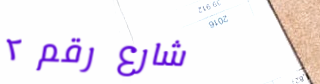
شارع رقم ٢